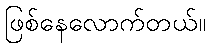
ဖြစ်နေလောက်တယ်။